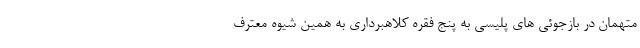
متهمان در بازجوئی های پلیسی به پنج فقره کلاهبرداری به همین شیوه معترف